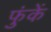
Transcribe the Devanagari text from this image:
फुंकें